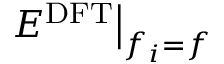
\left. E ^ { \mathrm { D F T } } \right| _ { f _ { i } = f }